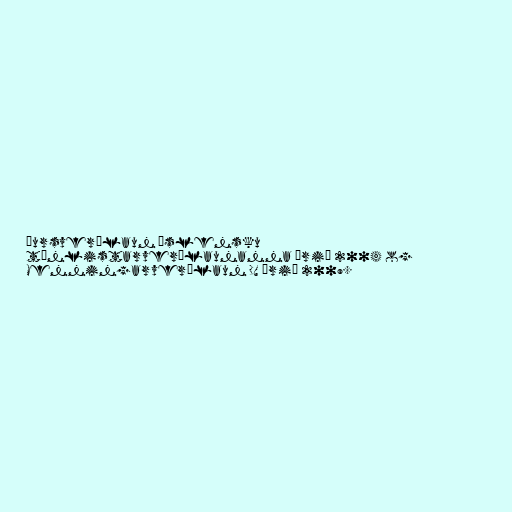
ðursverðlaun Íslensku
tónlistarverðlaunanna árið 2004 og
Menningarverðlaun DV árið 2009.